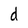
Character: d